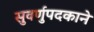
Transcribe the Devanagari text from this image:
सुवर्णुपदकाने